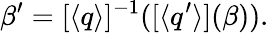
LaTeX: \beta^{\prime}=[\langle q\rangle]^{-1}([\langle q^{\prime}\rangle](\beta)).